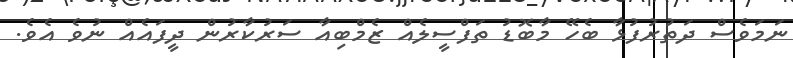
ނަމަވެސް ދަތުރުފުޅާ ބެހޭ މާބޮޑު ތަފްސީލެއް ޒެމްބިއާ ސަރުކާރުން ދީފައެއް ނުވެ އެވެ.